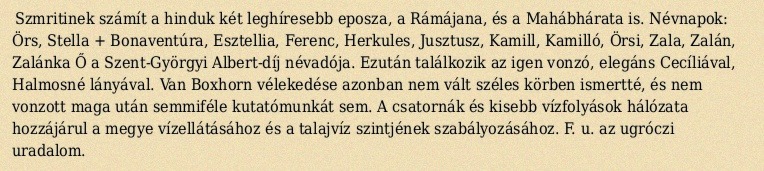
Szmritinek számít a hinduk két leghíresebb eposza, a Rámájana, és a Mahábhárata is. Névnapok: Örs, Stella + Bonaventúra, Esztellia, Ferenc, Herkules, Jusztusz, Kamill, Kamilló, Örsi, Zala, Zalán, Zalánka Ő a Szent-Györgyi Albert-díj névadója. Ezután találkozik az igen vonzó, elegáns Cecíliával, Halmosné lányával. Van Boxhorn vélekedése azonban nem vált széles körben ismertté, és nem vonzott maga után semmiféle kutatómunkát sem. A csatornák és kisebb vízfolyások hálózata hozzájárul a megye vízellátásához és a talajvíz szintjének szabályozásához. F. u. az ugróczi uradalom.